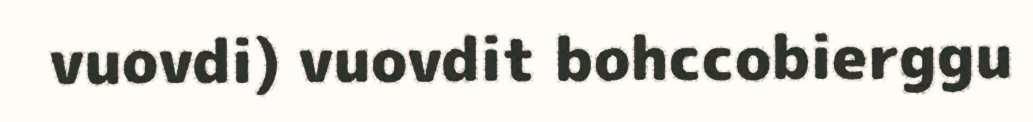
vuovdi) vuovdit bohccobierggu